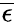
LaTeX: \overline{{\epsilon}}